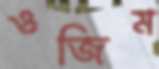
ওজিম